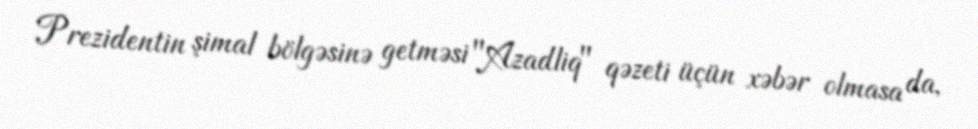
Prezidentin şimal bölgəsinə getməsi "Azadliq" qəzeti üçün xəbər olmasa da,